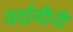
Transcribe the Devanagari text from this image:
वर्दायीनी